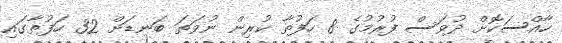
ހާއްސަކޮށް ދުވަސް ފުރުމުގެ 8 ހަފުތާ ކުރިން ނުވަތަ ބަނޑަށް 32 ހަފުތާގައި